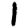
Digit: 1